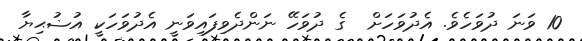
10 ވަނަ ދުވަހެވެ. އެދުވަހަށް  ގެ ދުވަހޭ ނަންދެވިފައިވަނީ އެދުވަހަކީ އުޟުޙިޔާ